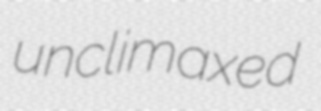
unclimaxed